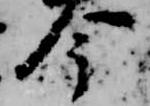
今